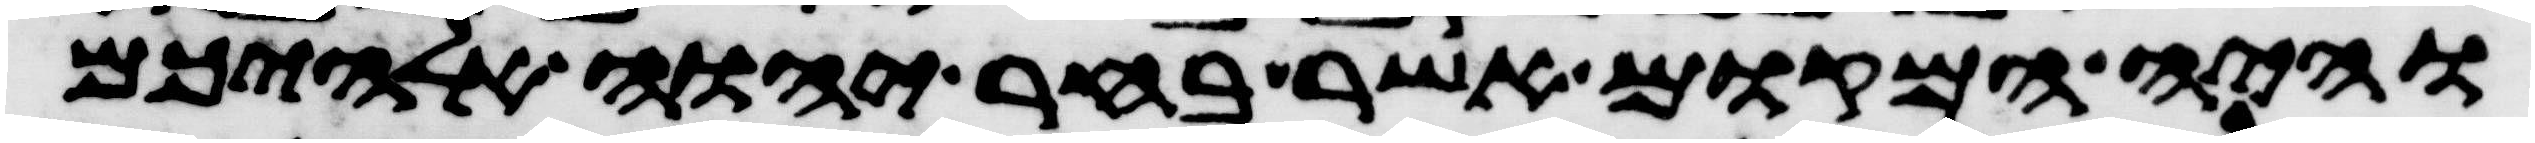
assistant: והיה המקום אשר בחר יהוה אלהיכם